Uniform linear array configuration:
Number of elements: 48
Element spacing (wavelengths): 0.25
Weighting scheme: binomial
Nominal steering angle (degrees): -60
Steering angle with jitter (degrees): -58.857
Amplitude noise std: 0.05
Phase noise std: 0.05

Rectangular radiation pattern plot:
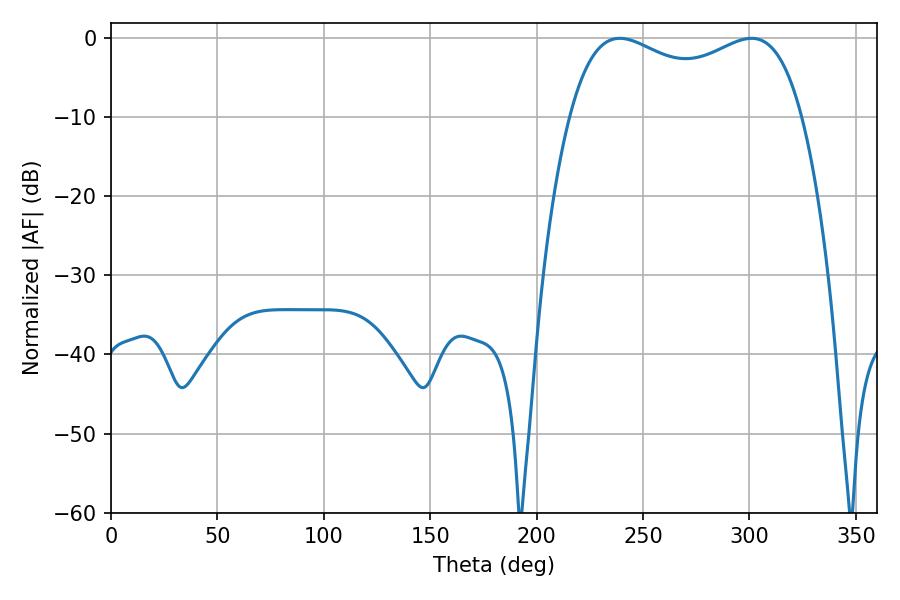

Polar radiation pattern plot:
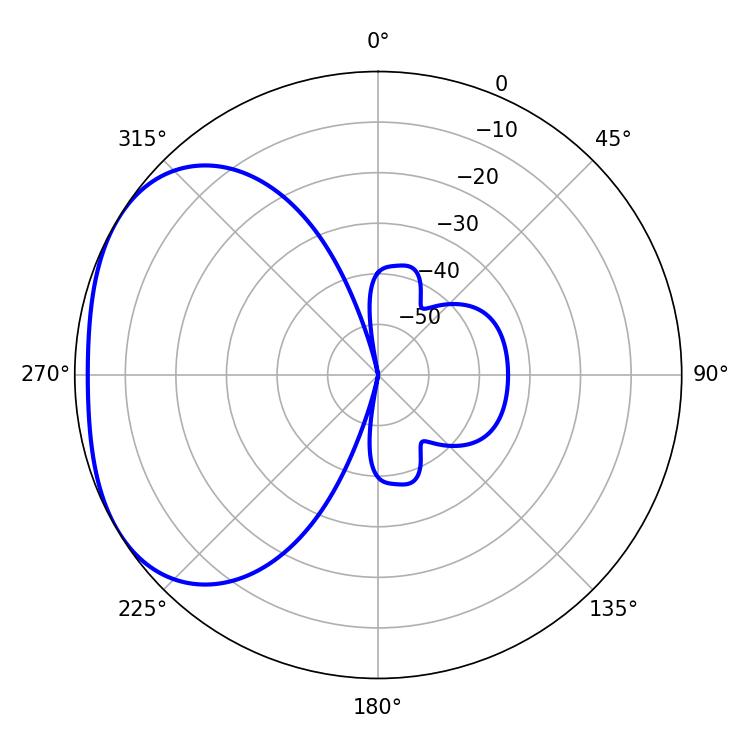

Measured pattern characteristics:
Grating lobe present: FALSE
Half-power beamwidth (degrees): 90.36
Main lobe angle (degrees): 239.04